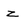
Character: z